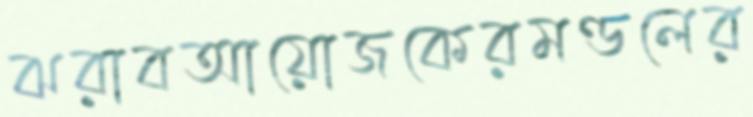
ঝরাবআয়োজকেরমণ্ডলের